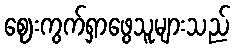
ဈေးကွက်ရှာဖွေသူများသည်